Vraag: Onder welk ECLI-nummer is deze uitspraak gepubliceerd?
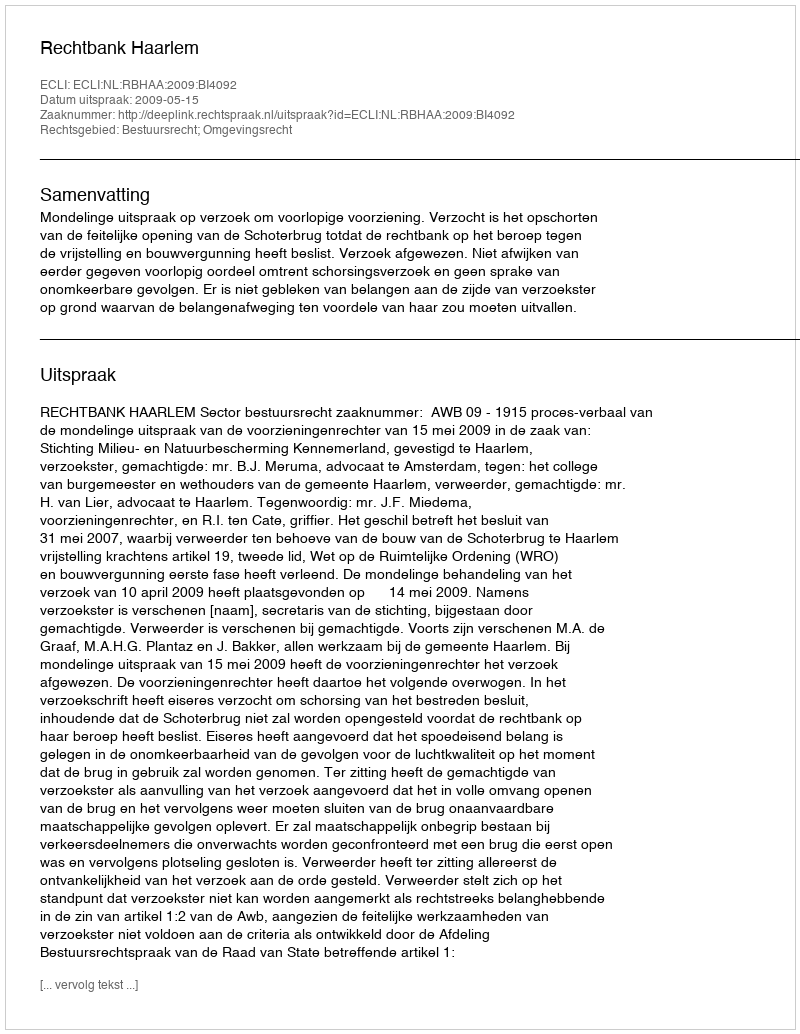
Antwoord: ECLI:NL:RBHAA:2009:BI4092